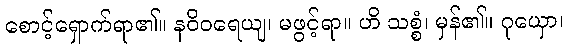
စောင့်ရှောက်ရာ၏။ နဝိဝရေယျ၊ မဖွင့်ရာ။ ဟိ သစ္စံ၊ မှန်၏။ ဂုယှော၊